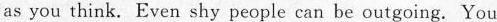
as you think. Even shy people can be outgoing. You